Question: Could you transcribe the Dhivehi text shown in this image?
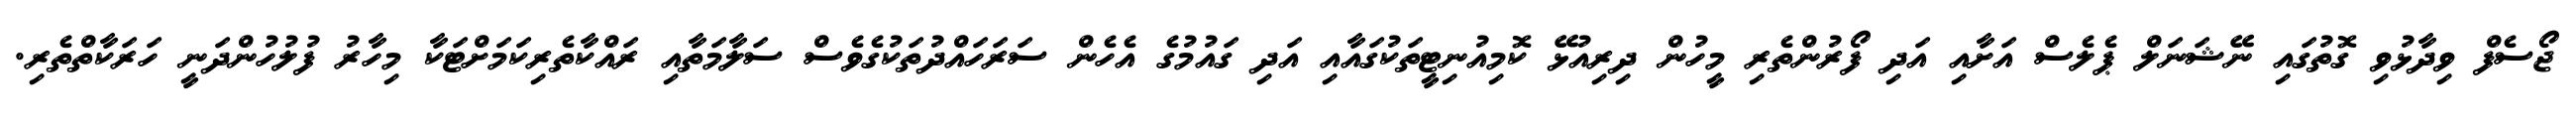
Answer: ޖޯސެފް ވިދާޅުވި ގޮތުގައި ނޭޝަނަލް ޕެލެސް އަށާއި އަދި ފޯރުންތެރި މީހުން ދިރިއުޅޭ ކޮމިއުނިޓީތަކުގައާއި އަދި ގައުމުގެ އެހެން ސަރަހައްދުތަކުގެވެސް ސަލާމަތާއި ރައްކާތެރިކަމަށްޓަކާ މިހާރު ފުލުހުންދަނީ ހަރަކާތްތެރި.